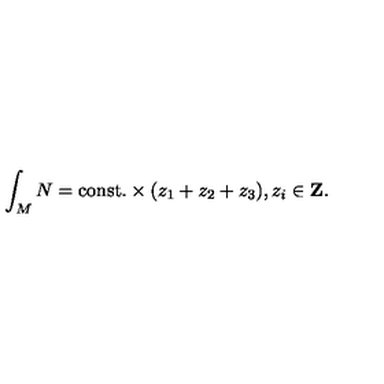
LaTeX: \int _ { M } N = \mathrm { c o n s t . } \times ( z _ { 1 } + z _ { 2 } + z _ { 3 } ) , z _ { i } \in \mathrm { { \bf Z } } .